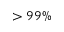
> 9 9 \%